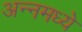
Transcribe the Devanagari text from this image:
अन्नमध्ये